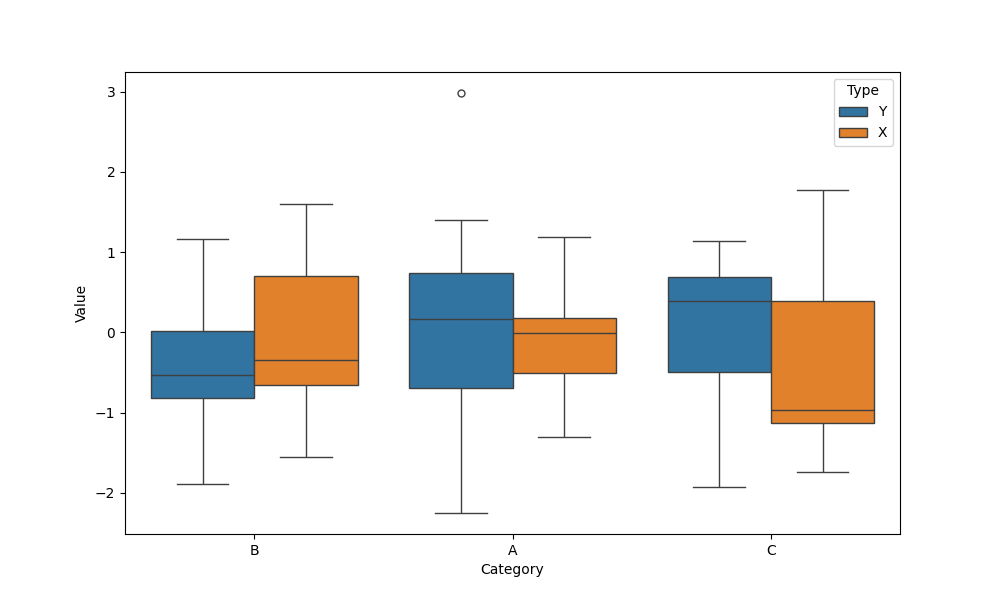
python, seaborn, boxplot, width=0.8, linewidth=1, fliersize=5, notch=False